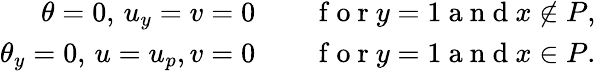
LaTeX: \begin{array}{rl}{\theta=0,\, u_{y}=v=0\quad}&{{}\mathrm{~f~o~r~}y=1\mathrm{~a~n~d~}x\notin P,}\\ {\theta_{y}=0,\, u=u_{p},v=0\quad}&{{}\mathrm{~f~o~r~}y=1\mathrm{~a~n~d~}x\in P.}\end{array}